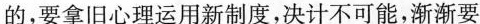
的，要拿旧心理运用新制度，决计不可能，渐渐要